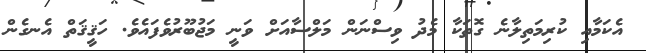
އެކަމާއި ކުރިމަތިލާނެ ގޮތަކާ މެދު ވިސްނަން މަލްސާއަށް ވަނީ މަޖުބޫރުވެފައެވެ. ހަޤީޤަތް އެނގެން